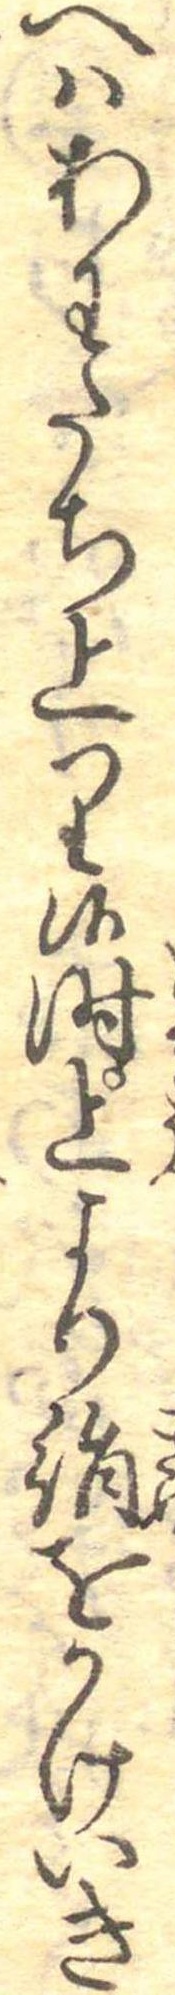
へはあわたち上り候時上より絹をかけいき